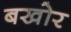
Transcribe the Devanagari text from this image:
बखोर